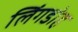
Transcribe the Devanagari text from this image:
लिंगडोह